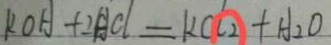
k O H + 2 H C l = k C l _ { 2 } + H _ { 2 } O